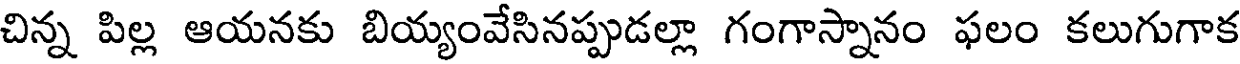
చిన్న పిల్ల ఆయనకు బియ్యంవేసినప్పుడల్లా గంగాస్నానం ఫలం కలుగుగాక